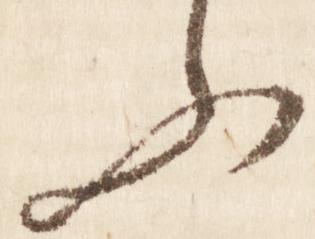
ふ